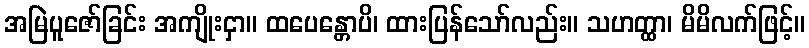
အမြဲပူဇော်ခြင်း အကျိုးငှာ။ ထပေန္တောပိ၊ ထားပြန်သော်လည်း။ သဟတ္ထာ၊ မိမိလက်ဖြင့်။